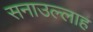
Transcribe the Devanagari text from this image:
सनाउल्‍लाह